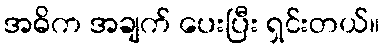
အဓိက အချက် ပေးပြီး ရှင်းတယ်။